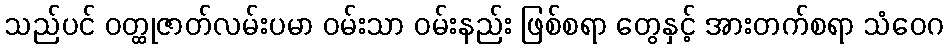
သည်ပင် ဝတ္ထုဇာတ်လမ်းပမာ ဝမ်းသာ ဝမ်းနည်း ဖြစ်စရာ တွေနှင့် အားတက်စရာ သံဝေဂ